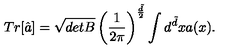
T r [ \hat { a } ] = \sqrt { d e t B } \left( \frac { 1 } { 2 \pi } \right) ^ { \frac { \tilde { d } } { 2 } } \int d ^ { \tilde { d } } x a ( x ) .